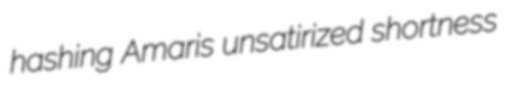
hashing Amaris unsatirized shortness